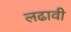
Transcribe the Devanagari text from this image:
लढावी